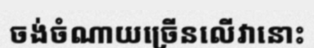
ចង់ចំណាយច្រើនលើវានោះ